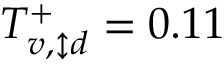
T _ { v , \updownarrow d } ^ { + } = 0 . 1 1